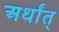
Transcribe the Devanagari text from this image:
अर्थांत्‌